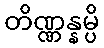
တိဏ္ဏန္နမ္ပိ